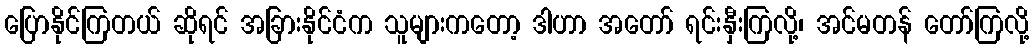
ပြောနိုင်ကြတယ် ဆိုရင် အခြားနိုင်ငံက သူများကတော့ ဒါဟာ အတော် ရင်းနှီးကြလို့၊ အင်မတန် တော်ကြလို့